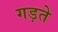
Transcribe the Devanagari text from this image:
गड़ते